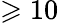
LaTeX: \geqslant 10